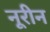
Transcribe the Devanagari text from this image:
नूरीन